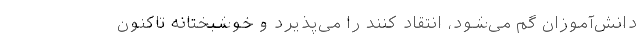
دانش‌آموزان گم می‌شود، انتقاد کنند را می‌پذیرد و خوشبختانه تاکنون